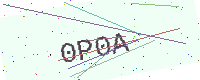
Text: 0P0A